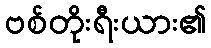
ဗစ်တိုးရီးယား၏